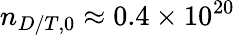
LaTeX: n_{D/T,0}\approx 0.4\times 10^{20}